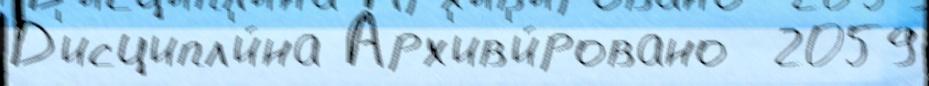
Д'исципл'и́на Арх'ив'и́ровано  2059